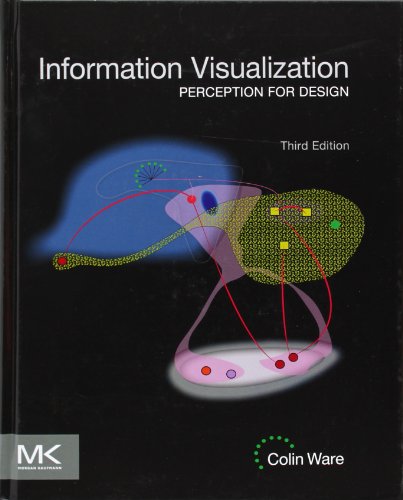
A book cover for Information Visualization, Third Edition: Perception for Design (Interactive Technologies); Colin Ware; Computers & Technology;